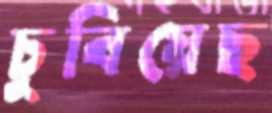
চুবিয়েছ